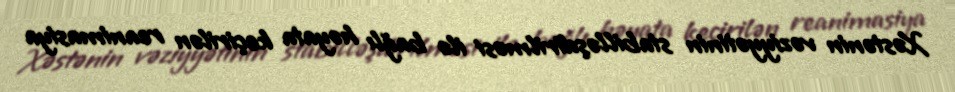
Xəstənin vəziyyətinin stabilləşdirilməsi ilə bağlı həyata keçirilən reanimasiya